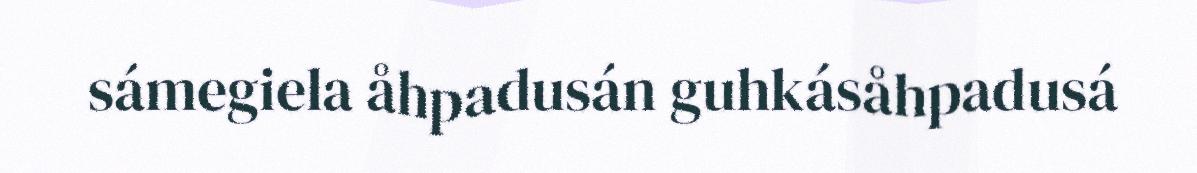
sámegiela åhpadusán guhkásåhpadusá